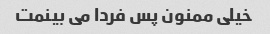
خیلی ممنون پس فردا می بینمت